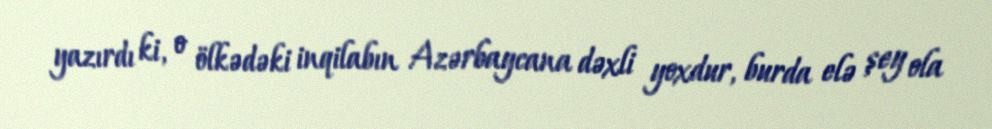
yazırdı ki, o ölkədəki inqilabın Azərbaycana dəxli yoxdur, burda elə şey ola